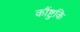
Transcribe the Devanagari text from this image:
कौंष्टुकि